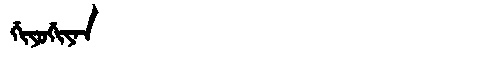
Manchu: ᡤᡳᠶᠣᡤᡳᠶᠠᠨ
Romanization: GIYOGIYAN